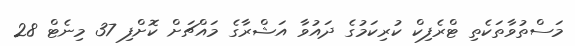
މަސްތުވާތަކެތި ޓްރެފިކް ކުރިކަމުގެ ދައުވާ އަޝްރާގެ މައްޗަށް ކޮށްފި 37 މިނެޓް 28